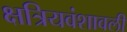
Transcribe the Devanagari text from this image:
क्षत्रियवंशावली